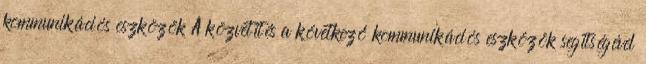
kommunikációs eszközök A közvetítés a következő kommunikációs eszközök segítségével